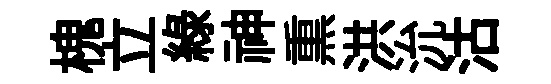
槐立綠神𤋱洪沇沽